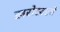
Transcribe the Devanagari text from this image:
खरोखरचे